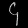
Digit: ၄